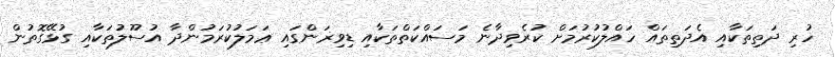
ހުރި ދަތިތަކާއި އެދަތިތައް ހައްލުކުރުމަށް ކުރެވިދާނެ މަސައްކަތްތަކާއި ޑިވިޜަންގައި ޢަމަލުކުރަމުންދާ އުސޫލުތަކާއި ގުޅޭގޮތުން